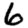
Digit: 6